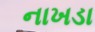
નાખડા